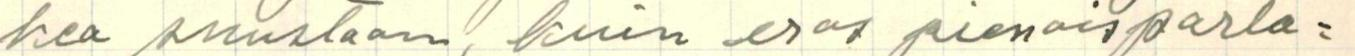
kea suustaan, kuin eras pienoisparla=